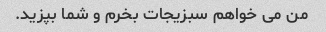
من می خواهم سبزیجات بخرم و شما بپزید.